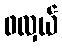
ဖလှယ်